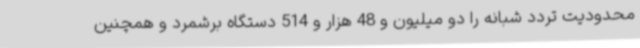
محدودیت تردد شبانه را دو میلیون و 48 هزار و 514 دستگاه برشمرد و همچنین